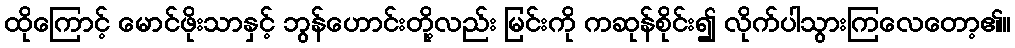
ထိုကြောင့် မောင်ဖိုးသာနှင့် ဘွန်ဟောင်းတို့လည်း မြင်းကို ကဆုန်စိုင်း၍ လိုက်ပါသွားကြလေတော့၏။